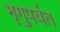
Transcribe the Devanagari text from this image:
भृगुपर्वत